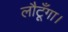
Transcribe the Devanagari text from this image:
लौटूँगा।